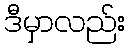
ဒီမှာလည်း